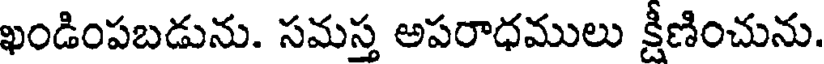
ఖండింపబడును. సమస్త అపరాధములు క్షీణించును.